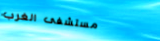
مستشفى الغرب